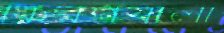
কিরণবালা